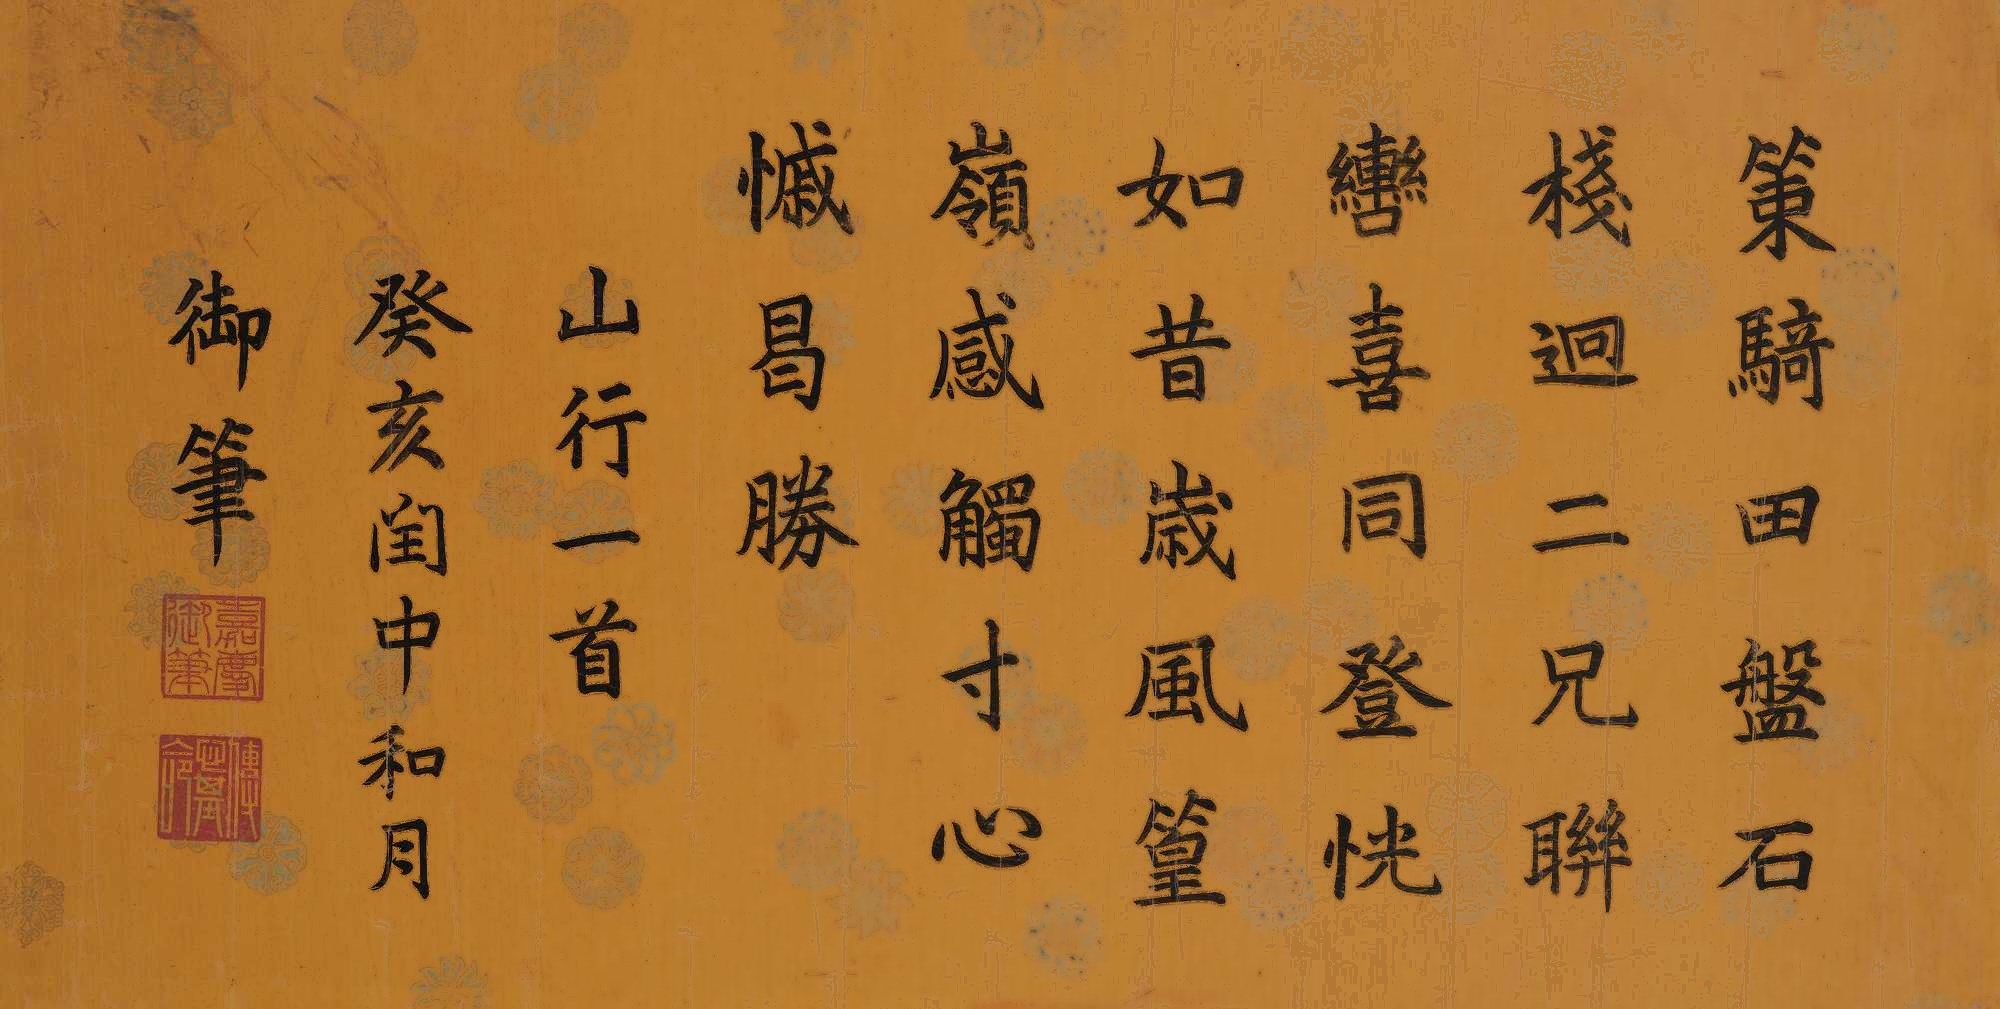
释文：策骑田盘石栈迥，二兄联辔喜同登。恍如昔岁风篁岭，感触寸心慽曷胜。山行一首。癸亥闰中和月，御笔。